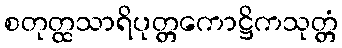
စတုတ္ထသာရိပုတ္တကောဋ္ဌိကသုတ္တံ